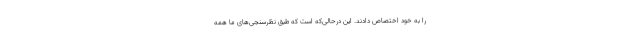
را به خود اختصاص دادند. این درحالی‌که است که طبق نظرسنجی‌های ما همه